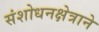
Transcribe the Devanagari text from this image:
संशोधनक्षेत्राने